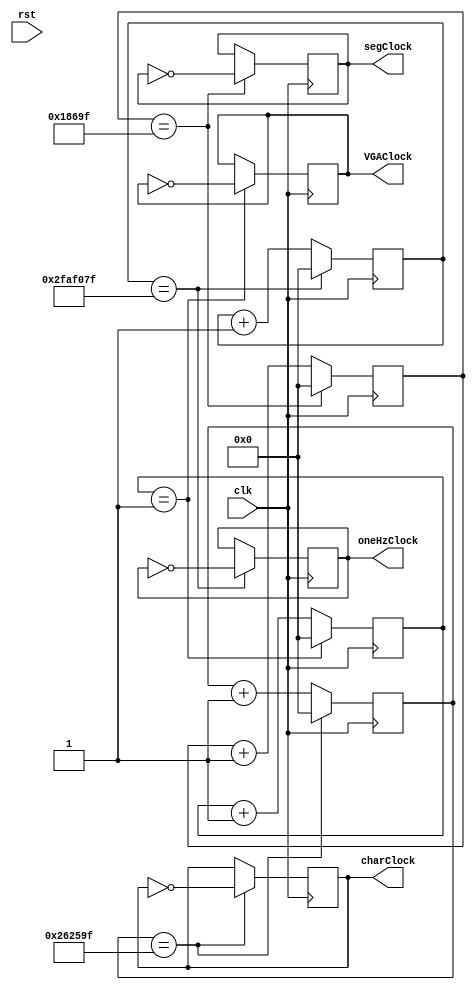
// Takes in the master clock, reset signal
// Outputs the new clock
// VGA clock 25MHz, 7-segment display clock 500 Hz
module clockDivider(
    // Inputs
    clk, rst,
    // Outputs
    VGAClock, segClock, oneHzClock, charClock
);

    input clk;
    input rst;
    output VGAClock;
    output segClock;
    output oneHzClock;
	 output charClock;

    reg [31:0] VGACounter = 0;
	 reg [31:0] segCounter = 0;
	 reg [31:0] oneHzCounter = 0;
	 reg [31:0] charCounter = 0;
    reg VGATemp = 0;
	 reg segTemp = 0;
	 reg oneHzTemp = 0;
	 reg charTemp = 0;
	 
	 localparam test = 0;
    localparam VGA_MOD = 2; // 25MHz
    localparam SEG_MOD = 100000/(1+test*999); // 500Hz
    localparam ONE_HZ_MOD = 100000000/(2+test*1998); // 1Hz
	 localparam CHAR_MOD = 5000000/(2+test*1998); // 10Hz

    always @ (posedge clk) begin
        if (VGACounter == VGA_MOD-1) begin
            VGACounter <= 0;
            VGATemp <= ~VGAClock;
        end
        else begin
            VGACounter <= VGACounter + 1;
            VGATemp <= VGAClock;
        end
    end

    always @ (posedge clk) begin
        if (segCounter == SEG_MOD-1) begin
            segCounter <= 0;
            segTemp <= ~segClock;
        end
        else begin
            segCounter <= segCounter + 1;
            segTemp <= segClock;
        end
    end

    always @ (posedge clk) begin
        if (oneHzCounter == ONE_HZ_MOD-1) begin
            oneHzCounter <= 0;
            oneHzTemp <= ~oneHzTemp;
        end
        else begin
            oneHzCounter <= oneHzCounter + 1;
            oneHzTemp <= oneHzClock;
        end
    end
	 
	 always @ (posedge clk) begin
        if (charCounter == CHAR_MOD-1) begin
            charCounter <= 0;
            charTemp <= ~charClock;
        end
        else begin
            charCounter <= charCounter + 1;
            charTemp <= charClock;
        end
    end

    assign segClock = segTemp;
    assign VGAClock = VGATemp;
    assign oneHzClock = oneHzTemp;
	 assign charClock = charTemp;

endmodule